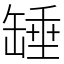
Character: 䍋